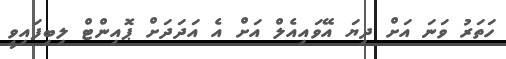
ހަތަރު ވަނަ އަށް ދިޔަ އޭވައިއެލް އަށް އެ އަދަދަށް ޕޮއިންޓް ލިބިފައިވީ